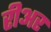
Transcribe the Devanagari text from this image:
रीअर